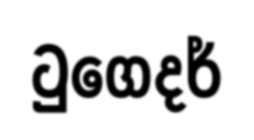
ටුගෙදර්